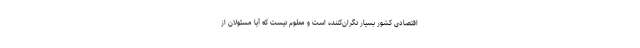
اقتصادی کشور بسیار نگران‌کننده است و معلوم نیست که آیا مسئولان از